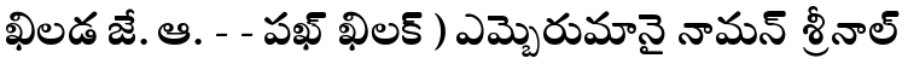
ఖిలడ జే. ఆ. - - పఖ్ ఖిలక్ ) ఎమ్బెరుమానై నామన్ శ్రీనాల్